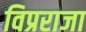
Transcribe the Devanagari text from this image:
विप्रराजा